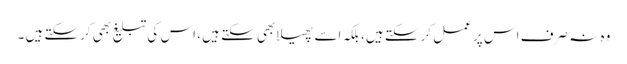
وہ نہ صرف اس پر عمل کرسکتے ہیں ، بلکہ اسے پھیلابھی سکتے ہیں ، اس کی تبلیغ بھی کرسکتے ہیں ۔